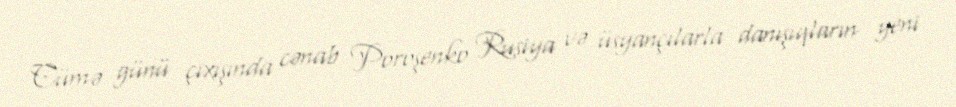
Cümə günü çıxışında cənab Poroşenko Rusiya və üsyançılarla danışıqların yeni